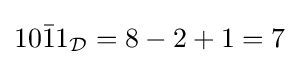
10{\bar {1}}1_{\mathcal {D}}=8-2+1=7